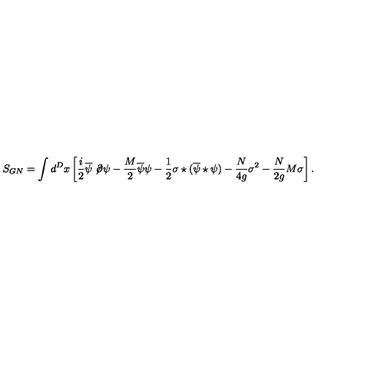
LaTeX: S _ { G N } = \int d ^ { D } x \left[ \frac { i } 2 \overline { \psi } \not \! \partial \psi - \frac { M } 2 \overline { \psi } \psi - \frac 1 2 \sigma \star ( \overline { \psi } \star \psi ) - \frac { N } { 4 g } \sigma ^ { 2 } - \frac { N } { 2 g } M \sigma \right] .